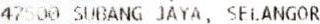
47500 SUBANG JAYA, SELANGOR